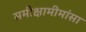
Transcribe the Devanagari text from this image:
समीक्षामीमांसा